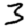
Digit: 3